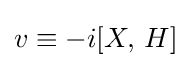
v\equiv -i[X,\,H]